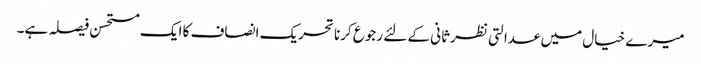
میرے خیال میں عدالتی نظرثانی کے لئے رجوع کرنا تحریک انصاف کا ایک مستحسن فیصلہ ہے۔